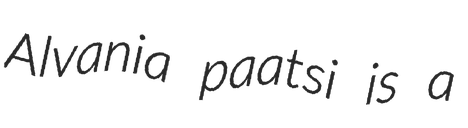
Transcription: Alvania paatsi is a